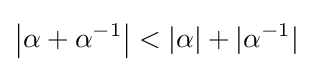
\left|\alpha +\alpha ^{-1}\right|<|\alpha |+|\alpha ^{-1}|